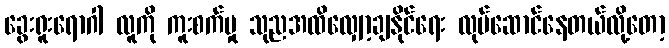
ခွေးရူးရောဂါ လူကို ကူးစက်မှု သုညအထိလျှော့ချနိုင်ရေး လုပ်ဆောင်နေတယ်လို့တော့